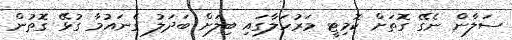
ސަލާން ނެގޭ ގޮތަށް ކޮމިޓީ މަރުހަލާގައި ބިލަށް ބަދަލު ގެނައުމާ ގުޅޭ ގޮތުން